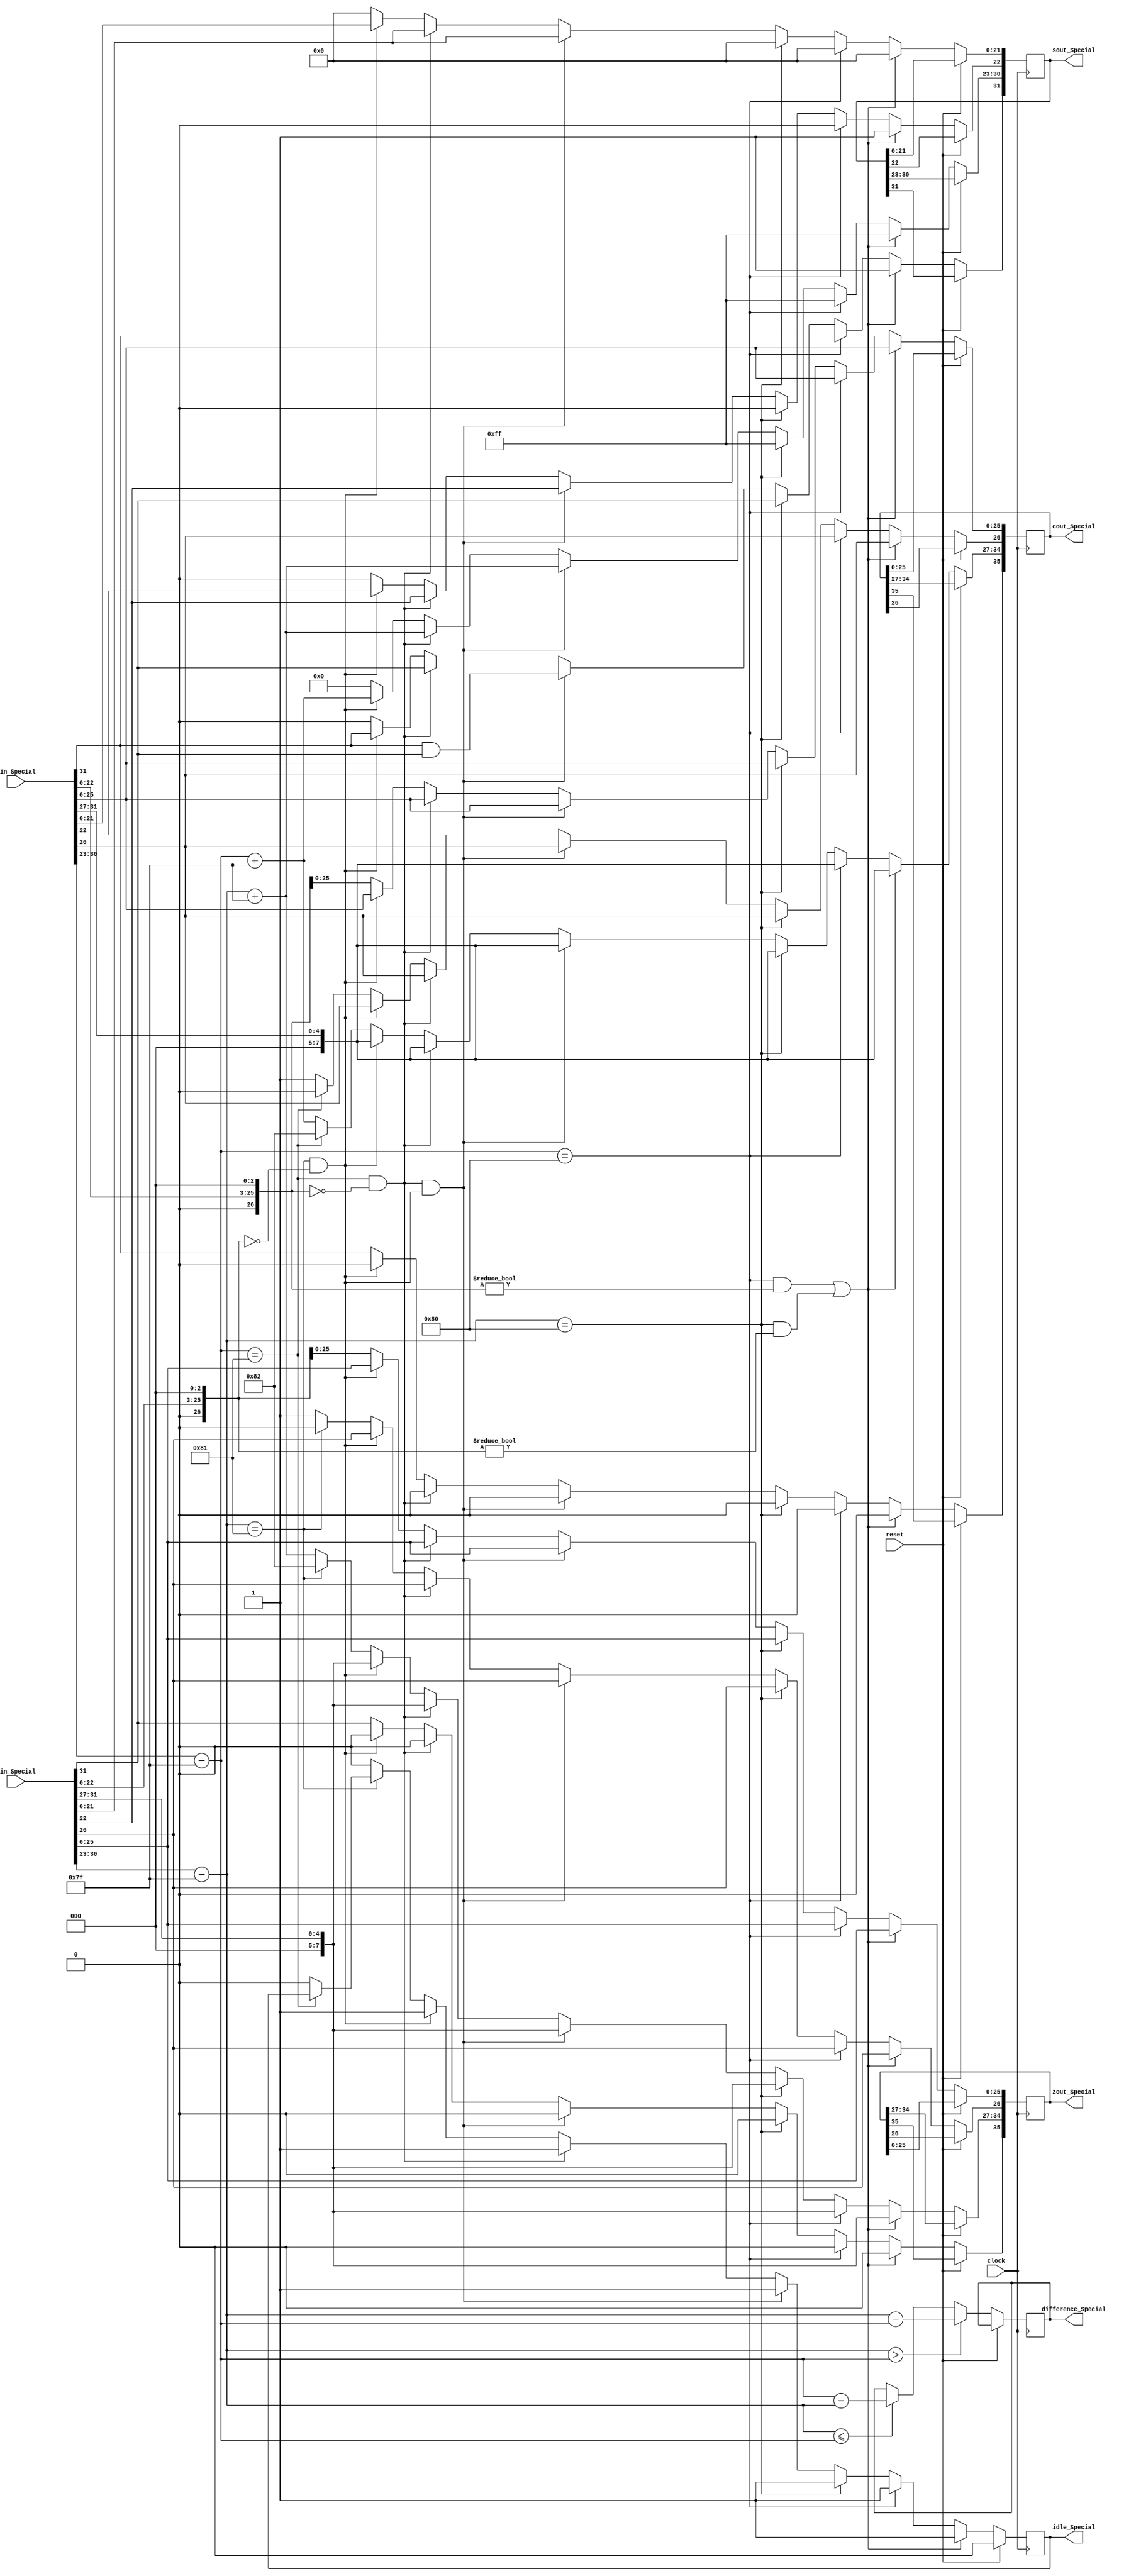
module SpecialAdd(
	input [31:0] cin_Special,
	input [31:0] zin_Special,
	input reset,
	input clock,
	output reg idle_Special = 1'b0,
	output reg [7:0] difference_Special,
	output reg [35:0] cout_Special,
	output reg [35:0] zout_Special,
	output reg [31:0] sout_Special
   );
	
wire z_sign;
wire [7:0] z_exponent;
wire [26:0] z_mantissa;

wire c_sign;
wire [7:0] c_exponent;
wire [26:0] c_mantissa;

assign c_sign = cin_Special[31];
assign c_exponent = {cin_Special[30:23] - 127};
assign c_mantissa = {cin_Special[22:0],3'd0};

assign z_sign = {zin_Special[31]};
assign z_exponent = {zin_Special[30:23] - 127};
assign z_mantissa = {zin_Special[22:0],3'd0};

parameter no_idle = 1'b0,
			 put_idle = 1'b1;

always @ (posedge clock)
begin

	if (reset == 1'b1) begin
		idle_Special <= 1'b0;
	end
	
	else begin
	if ($signed(z_exponent) > $signed(c_exponent)) begin
		difference_Special <= z_exponent - c_exponent;
	end
	else if ($signed(z_exponent) <= $signed(c_exponent)) begin
		difference_Special <= c_exponent - z_exponent;
	end	
	
	// Most of the special cases will never occur except the case where one input is zero.
	// The HCORDIC module will not receive NaN and inf at input stage.
	//if c is NaN or z is NaN return NaN 
   if ((c_exponent == 128 && c_mantissa != 0) || (z_exponent == 128 && z_mantissa != 0)) begin
      sout_Special[31] <= 1;
      sout_Special[30:23] <= 255;
      sout_Special[22] <= 1;
      sout_Special[21:0] <= 0;
		zout_Special <= zin_Special;
		cout_Special <= cin_Special;
		idle_Special <= put_idle;
    //if c is inf return inf
    end else if (c_exponent == 128) begin
      sout_Special[31] <= c_sign;
      sout_Special[30:23] <= 255;
      sout_Special[22:0] <= 0;
		zout_Special <= zin_Special;
		cout_Special <= cin_Special;
		idle_Special <= put_idle;		
    //if z is inf return inf
    end else if (z_exponent == 128) begin
      sout_Special[31] <= z_sign;
      sout_Special[30:23] <= 255;
      sout_Special[22:0] <= 0;
		zout_Special <= zin_Special;
		cout_Special <= cin_Special;
		idle_Special <= put_idle;		
    //if c is zero return z
    end else if ((($signed(c_exponent) == -127) && (c_mantissa == 0)) && (($signed(z_exponent) == -127) && (z_mantissa == 0))) begin
      sout_Special[31] <= c_sign & z_sign;
      sout_Special[30:23] <= z_exponent[7:0] + 127;
      sout_Special[22:0] <= z_mantissa[26:3];
		zout_Special <= zin_Special;
		cout_Special <= cin_Special;
      idle_Special <= put_idle;							
    //if c is zero return z
    end else if (($signed(c_exponent) == -127) && (c_mantissa == 0)) begin
      sout_Special[31] <= z_sign;
      sout_Special[30:23] <= z_exponent[7:0] + 127;
      sout_Special[22:0] <= z_mantissa[26:3];
		zout_Special <= zin_Special;
		cout_Special <= cin_Special;
      idle_Special <= put_idle;								
    //if z is zero return c
    end else if (($signed(z_exponent) == -127) && (z_mantissa == 0)) begin
      sout_Special[31] <= c_sign;
      sout_Special[30:23] <= c_exponent[7:0] + 127;
      sout_Special[22:0] <= c_mantissa[26:3];
		zout_Special <= zin_Special;
		cout_Special <= cin_Special;
      idle_Special <= put_idle;							
    end else begin
		sout_Special <= 0;
      //Denormalised Number
      if ($signed(c_exponent) == -127) begin
         cout_Special[34:27] <= -126;
			cout_Special[35] <= c_sign;
			cout_Special[26:0] <= c_mantissa;
      end else begin
			cout_Special[34:27] <= c_exponent + 127;
			cout_Special[35] <= c_sign;
         cout_Special[26] <= 1;
			cout_Special[25:0] <= c_mantissa[25:0];
			idle_Special <= no_idle;
      end
      //Denormalised Number
      if ($signed(z_exponent) == -127) begin
			zout_Special[35] <= z_sign;
         zout_Special[34:27] <= -126;
			zout_Special[26:0] <= z_mantissa;
      end else begin
			zout_Special[35] <= z_sign;
         zout_Special[34:27] <= z_exponent + 127;
			zout_Special[25:0] <= z_mantissa[25:0];
         zout_Special[26] <= 1;
			idle_Special <= no_idle;
      end
	end
	end
end

endmodule